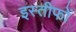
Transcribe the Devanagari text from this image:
इस्तीफों